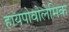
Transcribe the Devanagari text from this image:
हायपोवोलेमिक